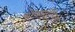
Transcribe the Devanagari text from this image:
ओपनाय्यिको